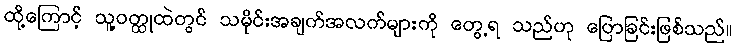
ထို့ကြောင့် သူ့ဝတ္ထုထဲတွင် သမိုင်းအချက်အလက်များကို တွေ့ရ သည်ဟု ပြောခြင်းဖြစ်သည်။